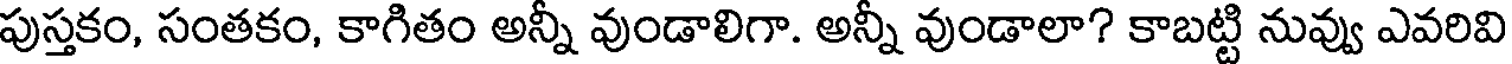
పుస్తకం, సంతకం, కాగితం అన్నీ వుండాలిగా. అన్నీ వుండాలా? కాబట్టి నువ్వు ఎవరివి